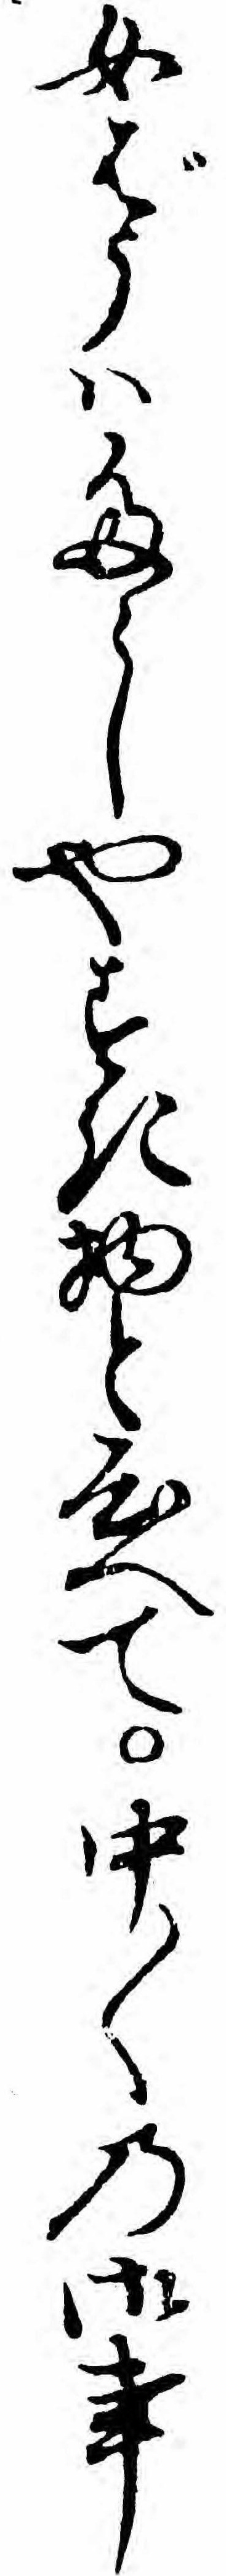
女ばうハたらしやすき物と心へて中〱の御事